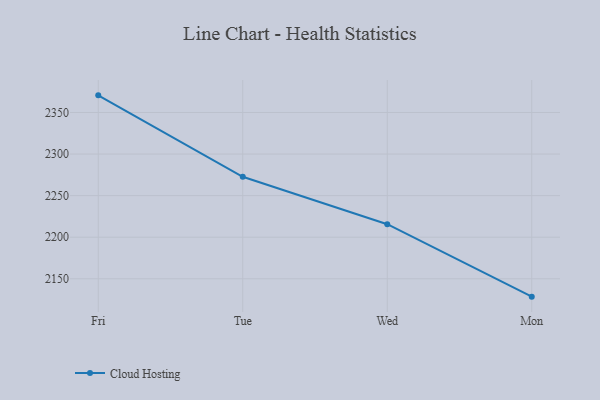
{"axis": {"x": "Day", "y": "Market Share (%)"}, "legend": ["Cloud Hosting"], "data": [{"x": "Fri", "y": 2370.6, "type": "Cloud Hosting"}, {"x": "Tue", "y": 2272.7, "type": "Cloud Hosting"}, {"x": "Wed", "y": 2215.6, "type": "Cloud Hosting"}, {"x": "Mon", "y": 2128.5, "type": "Cloud Hosting"}]}